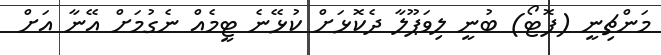
މަންޗިނީ (ފޮޓޯ) ބުނީ ލިވަޕޫލާ ދެކޮޅަށް ކުޅޭނެ ޓީމެއް ނެގުމަށް އޭނާ އަށް